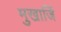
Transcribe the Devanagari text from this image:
मुखार्जि